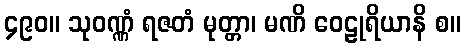
၄၉၀။ သုဝဏ္ဏံ ရဇတံ မုတ္တာ၊ မဏိ ဝေဠုရိယာနိ စ။